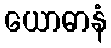
ယောဓာနံ